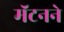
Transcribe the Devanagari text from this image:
मॅटनने